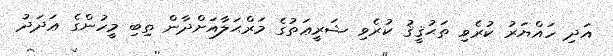
އަދި ހައްޔަރު ކުރެވި ތަޙުޤީޤު ކުރެވި ޝަރީޢަތުގެ މަރްޙަލާއަށްދާން ތިބި މީހުންގެ ޢަދަދު